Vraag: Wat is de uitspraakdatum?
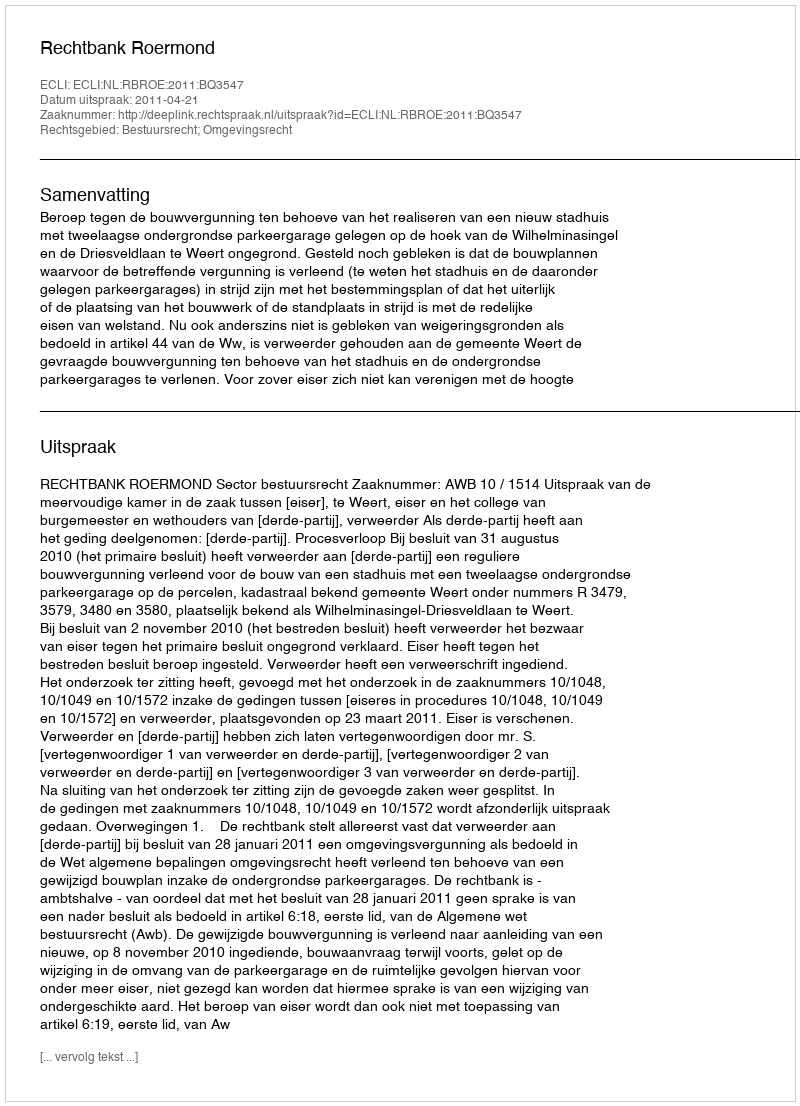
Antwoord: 2011-04-21